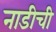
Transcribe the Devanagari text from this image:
नाडीची